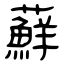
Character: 蘚